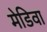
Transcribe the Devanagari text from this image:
मेडिवा